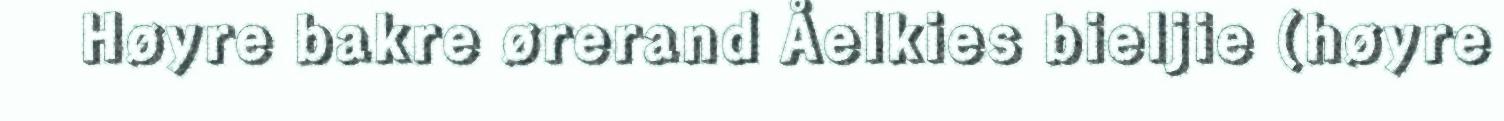
Høyre bakre ørerand Åelkies bieljie (høyre